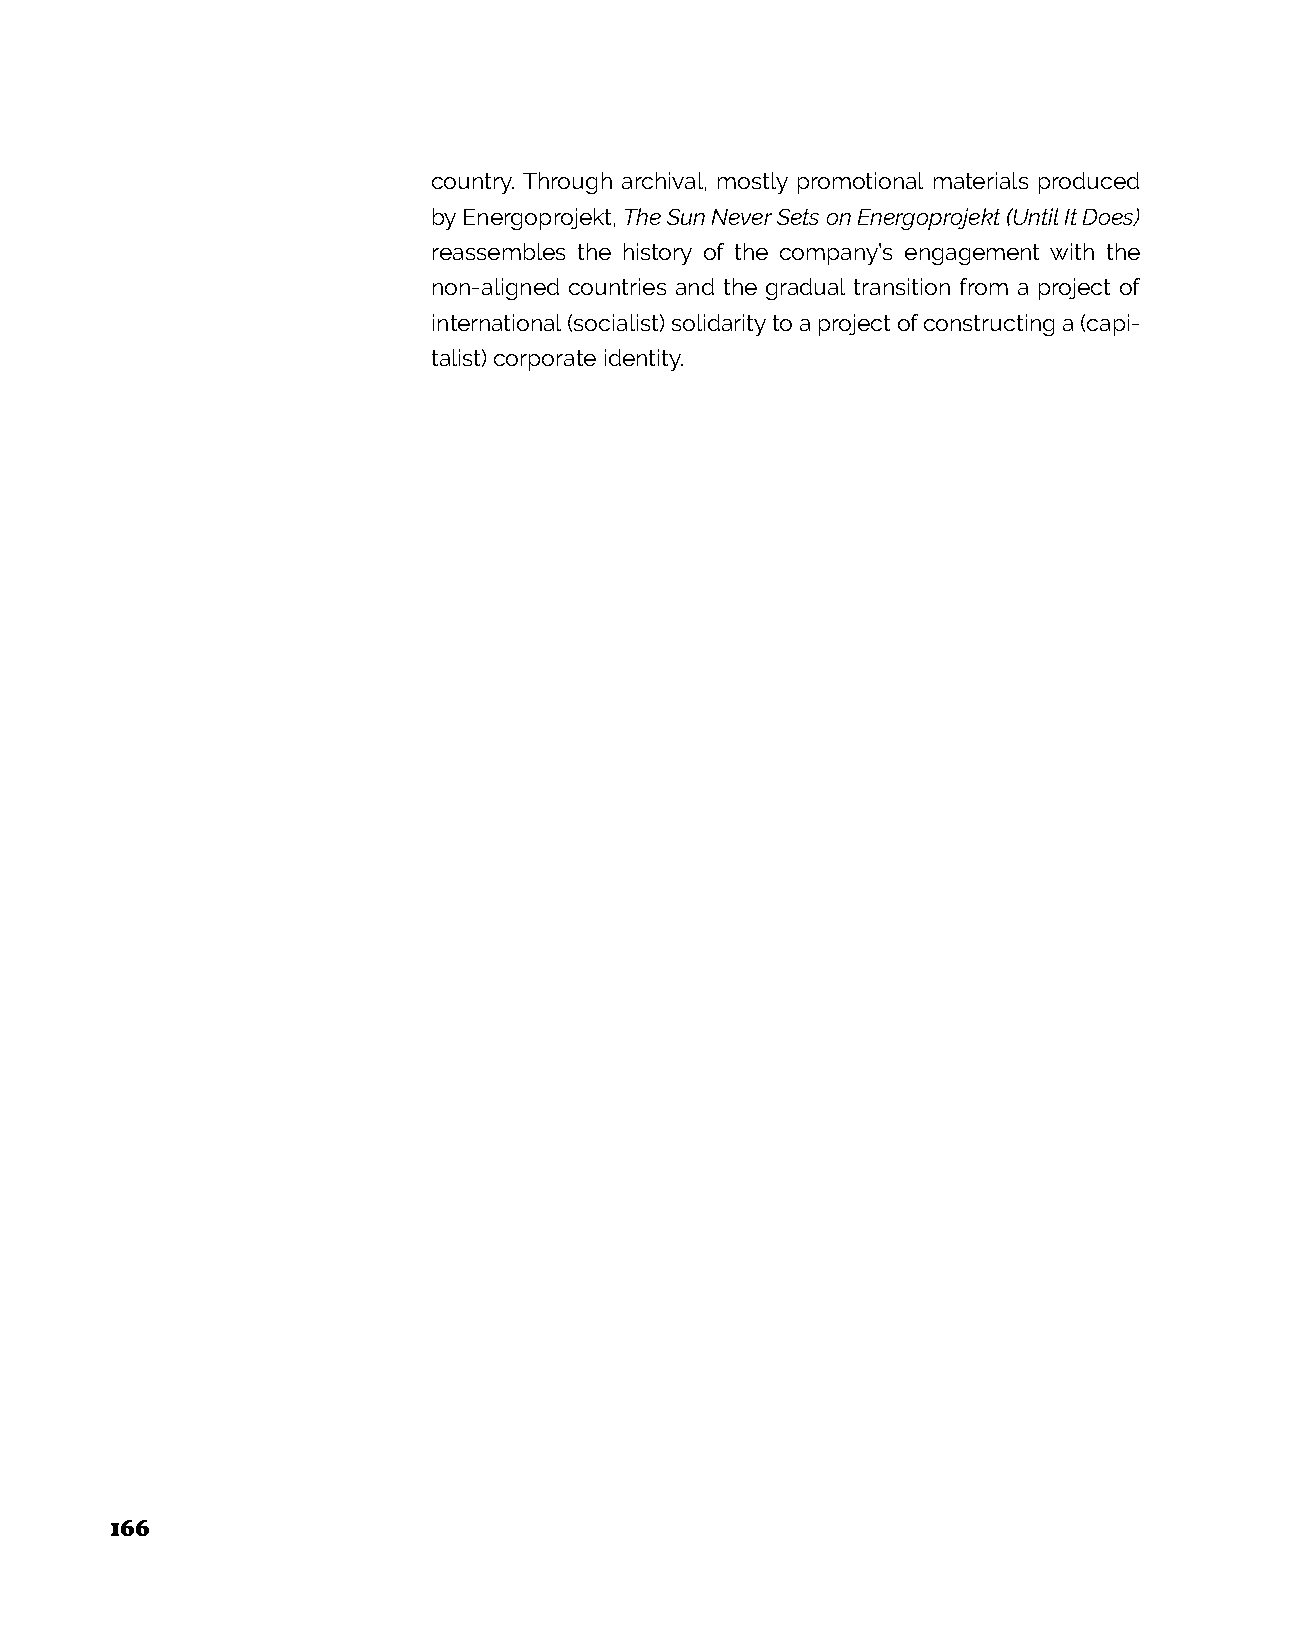
country. Through archival, mostly promotional materials produced
 by Energoprojekt, The Sun Never Sets on Energoprojekt (Until It Does)
 reassembles the history of the company’s engagement with the
 non-aligned countries and the gradual transition from a project of
 international (socialist) solidarity to a project of constructing a (capi-
 talist) corporate identity.
 166